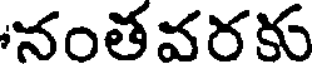
నంతవరకు